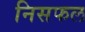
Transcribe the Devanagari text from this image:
निसफल